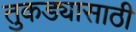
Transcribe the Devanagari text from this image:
तुकड्यासाठी